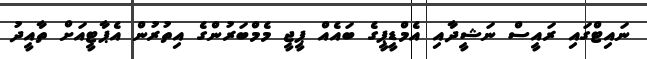
ނައިޓްގައި ރައީސް ނަޝީދާއި އެމްޑީޕީގެ ބައެއް ޕީޖީ މެމްބަރުންގެ އިތުރުން އެޕާޓީއަށް ތާއީދު